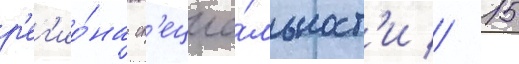
р'ег'ио́на сп'ециа́льност'и // 15